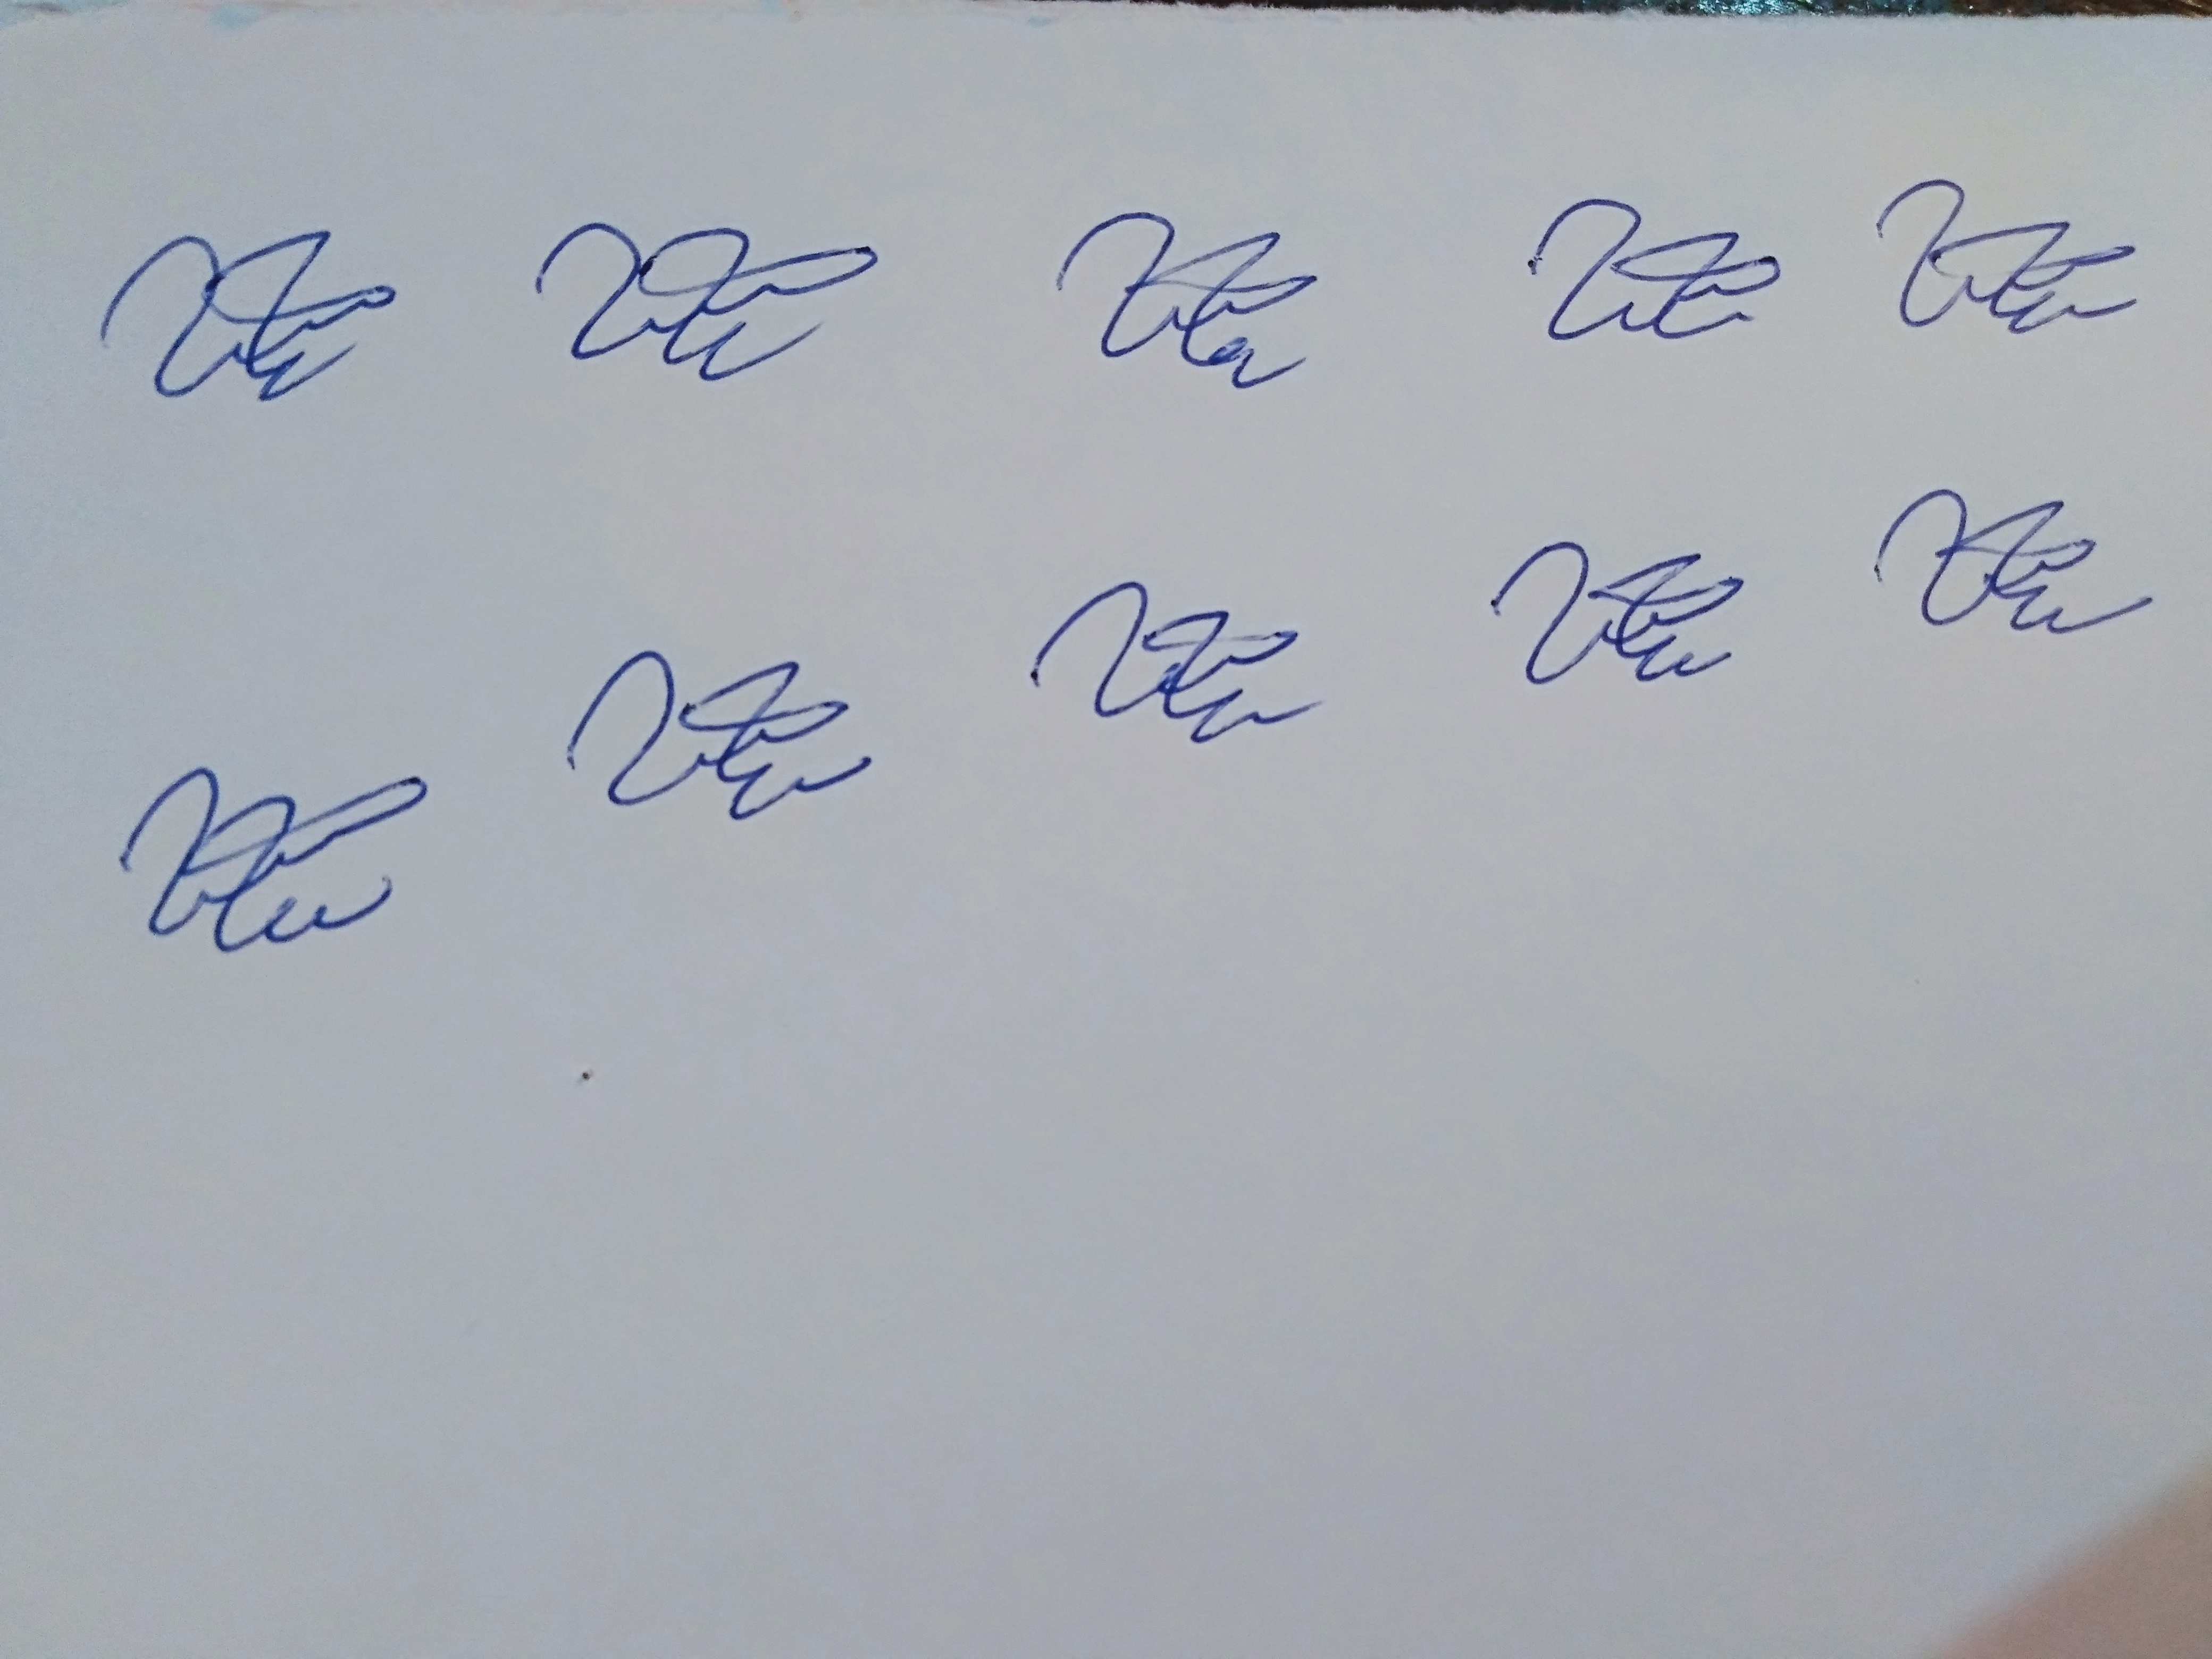
Signature authenticity: genuine